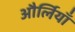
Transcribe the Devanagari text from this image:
और्लियाँ